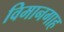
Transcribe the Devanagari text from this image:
विमानगाह